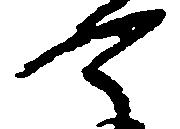
可